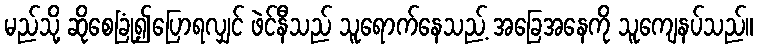
မည်သို့ ဆိုစေခြုံ၍ပြောရလျှင် ဖဲင်နီသည် သူရောက်နေသည့် အခြေအနေကို သူကျေနပ်သည်။